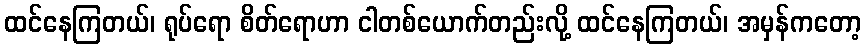
ထင်နေကြတယ်၊ ရုပ်ရော စိတ်ရောဟာ ငါတစ်ယောက်တည်းလို့ ထင်နေကြတယ်၊ အမှန်ကတော့